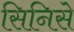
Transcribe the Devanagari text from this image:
सिनिसे